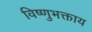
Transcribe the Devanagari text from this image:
विष्णुभक्ताय